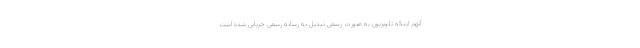
آنهم اینکه تلویزیون به صورت رسمی تبدیل به رسانه رسمی جریانی شده است